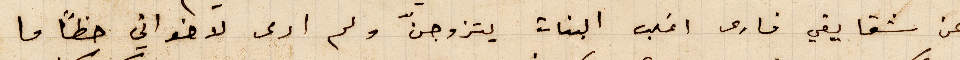
عن شقاقي فارى اغلب البنات يتزوّجن ولم أرى لاخواني حظًا ما